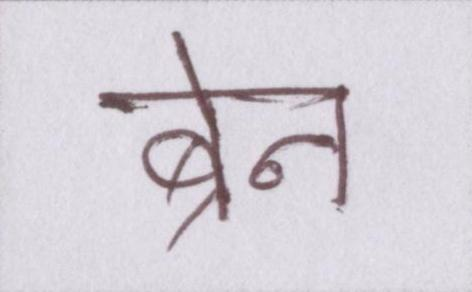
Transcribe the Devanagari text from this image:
ब्रेन